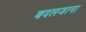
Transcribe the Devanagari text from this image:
बदलजाना